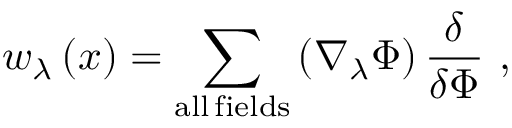
w _ { \lambda } \left( x \right) = \sum _ { \mathrm { a l l \, f i e l d s } } \left( \nabla _ { \lambda } \Phi \right) \frac \delta { \delta \Phi } \, \, ,